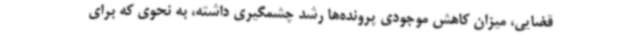
قضایی، میزان کاهش موجودی پرونده‌ها رشد چشمگیری داشته، به نحوی که برای